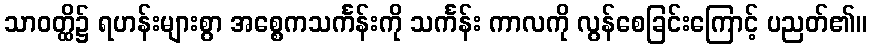
သာဝတ္ထိ၌ ရဟန်းများစွာ အစ္စေကသင်္ကန်းကို သင်္ကန်း ကာလကို လွန်စေခြင်းကြောင့် ပညတ်၏။